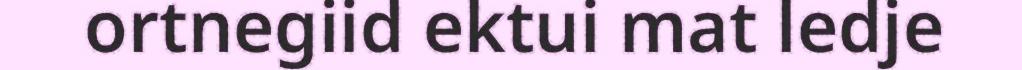
ortnegiid ektui mat ledje